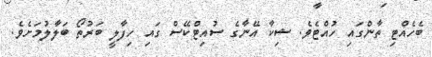
ބެހެއްޓި ތާންގައި ހުއްޓެވެ. ޝިކާ އޭނާގެ ސުއިޓްކޭސް ގައި ހިފާލީ ބަރުތޯ ބަލާލުމަށެވެ.